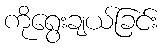
ကိုရွေးချယ်ခြင်း